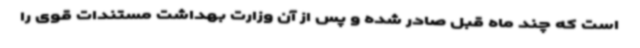
است که چند ماه قبل صادر شده و پس از آن وزارت بهداشت مستندات قوی را